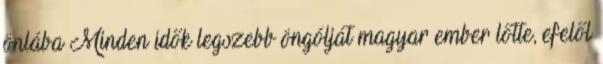
önlába Minden idők legszebb öngólját magyar ember lőtte, efelől